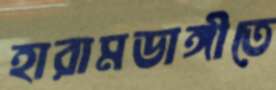
হারামডাঙ্গীতে